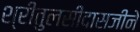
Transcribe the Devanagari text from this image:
श्रीतुलसीदासजीने